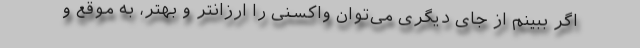
اگر ببینم از جای دیگری می‌توان واکسنی را ارزانتر و بهتر، به موقع و